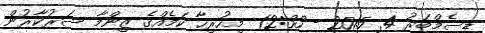
ޑިސެމްބަރު 4